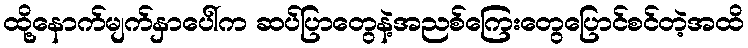
ထို့နောက်မျက်နှာပေါ်က ဆပ်ပြာတွေနဲ့အညစ်ကြေးတွေပြောင်စင်တဲ့အထိ